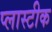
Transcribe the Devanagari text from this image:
प्लास्टीक